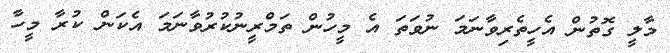
މާލީ ގޮތުން އެހީތެރިވާނަމަ ނުވަތަ އެ މީހުން ތަމްރީނުކުރުވާނަމަ އެކަން ކުރާ މީހާ